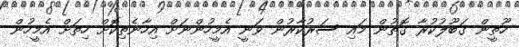
ހޫތީން ގަބޫލުކުރާ ގޮތުން މައި ސަރުކާރުން ވަނީ އެމީހުންނަށް އިހާނެތިކޮށް ހިތަށް އެމީހުން